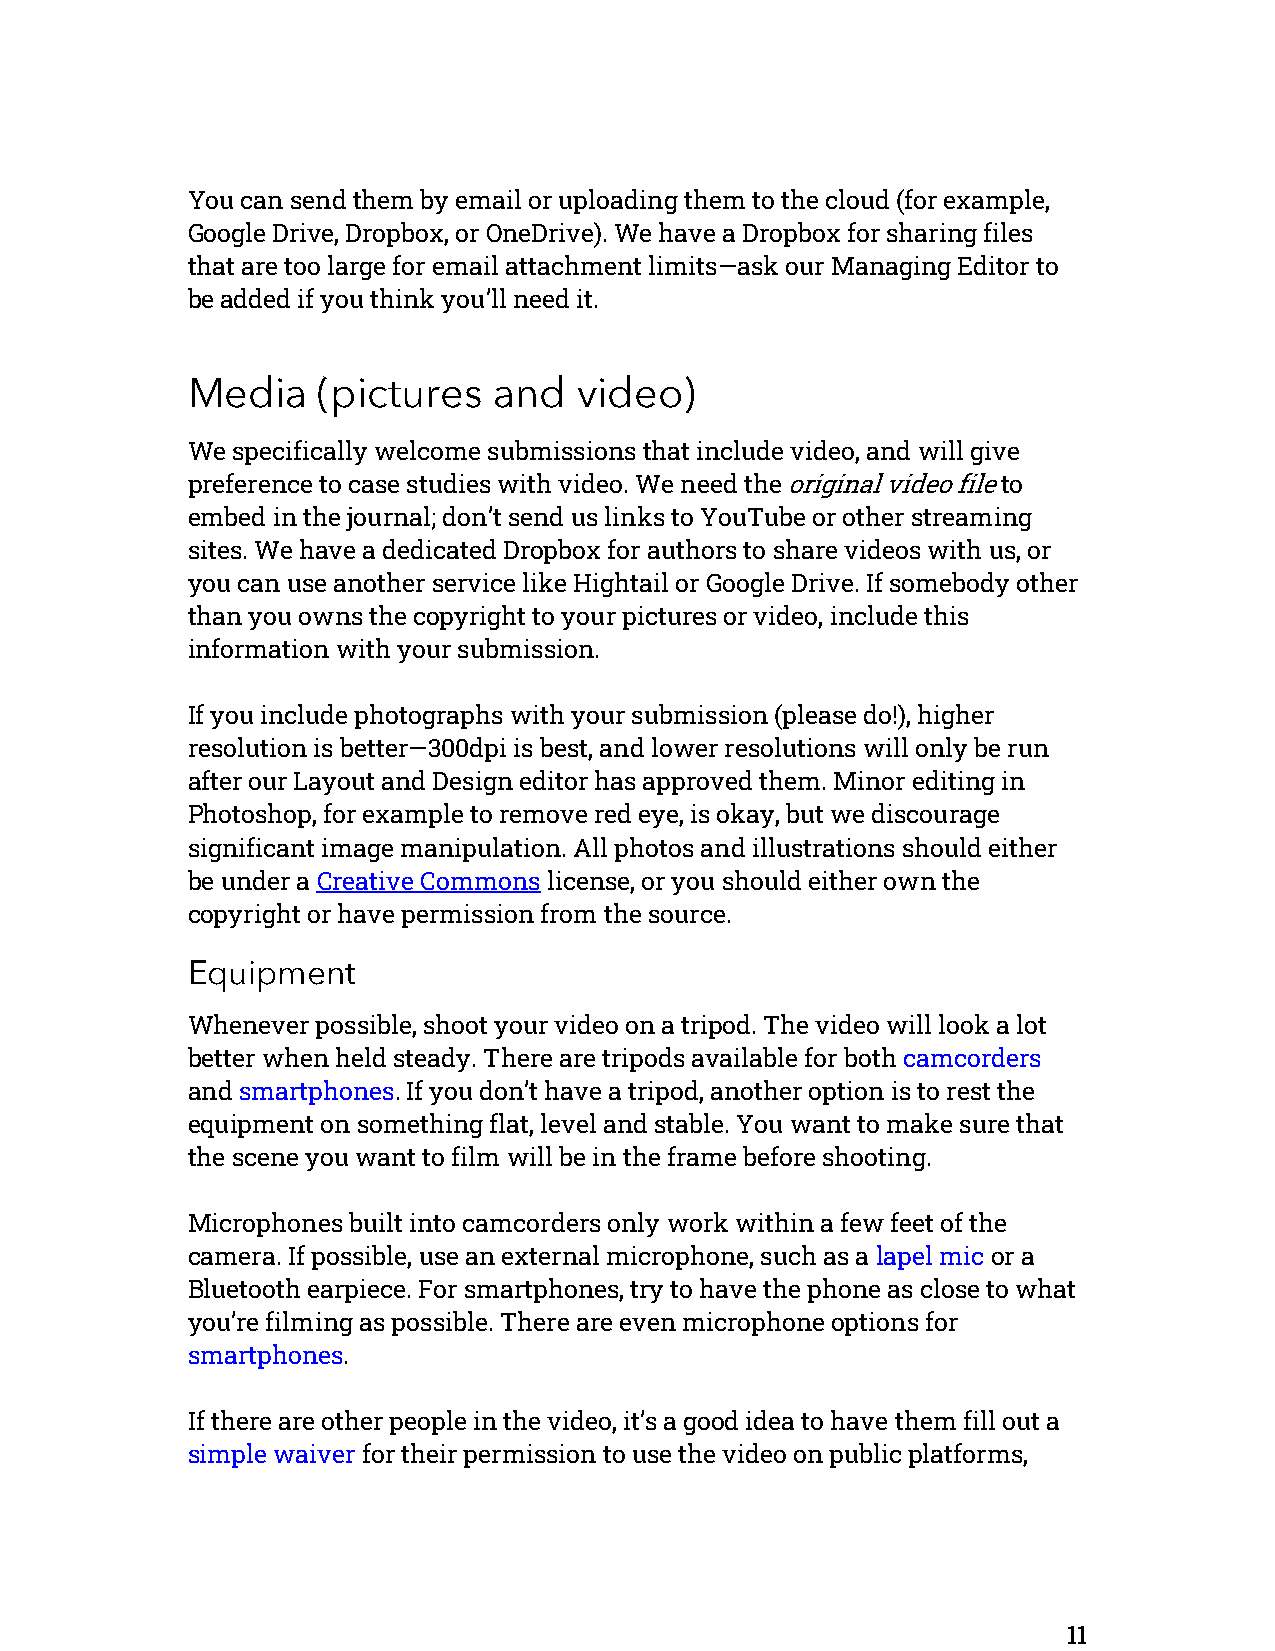
You can send them by email or uploading them to the cloud (for example,
 Google Drive, Dropbox, or OneDrive). We have a Dropbox for sharing files
 that are too large for email attachment limits—ask our Managing Editor to
 be added if you think you’ll need it.
 Media    (pictures   and  video)
 We specifically welcome submissions that include video, and will give
 preference to case studies with video. We need the original video file to
 embed in the journal; don’t send us links to YouTube or other streaming
 sites. We have a dedicated Dropbox for authors to share videos with us, or
 you can use another service like Hightail or Google Drive. If somebody other
 than you owns the copyright to your pictures or video, include this
 information with your submission.
 If you include photographs with your submission (please do!), higher
 resolution is better—300dpi is best, and lower resolutions will only be run
 after our Layout and Design editor has approved them. Minor editing in
 Photoshop, for example to remove red eye, is okay, but we discourage
 significant image manipulation. All photos and illustrations should either
 be under a Creative Commons license, or you should either own the
 copyright or have permission from the source.
 Equipment
 Whenever possible, shoot your video on a tripod. The video will look a lot
 better when held steady. There are tripods available for both camcorders
 and smartphones. If you don’t have a tripod, another option is to rest the
 equipment on something flat, level and stable. You want to make sure that
 the scene you want to film will be in the frame before shooting.
 Microphones built into camcorders only work within a few feet of the
 camera. If possible, use an external microphone, such as a lapel mic or a
 Bluetooth earpiece. For smartphones, try to have the phone as close to what
 you’re filming as possible. There are even microphone options for
 smartphones.
 If there are other people in the video, it’s a good idea to have them fill out a
 simple waiver for their permission to use the video on public platforms,
 11